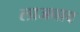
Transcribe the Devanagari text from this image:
लाजबाव